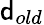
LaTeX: {\mathsf{d}}_{old}